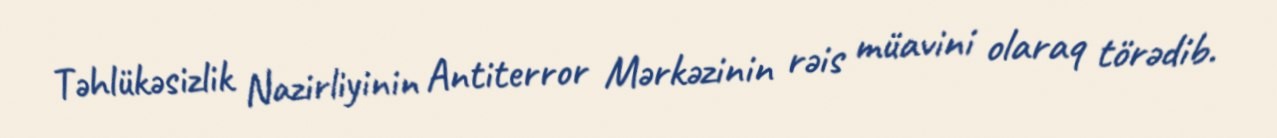
Təhlükəsizlik Nazirliyinin Antiterror Mərkəzinin rəis müavini olaraq törədib.